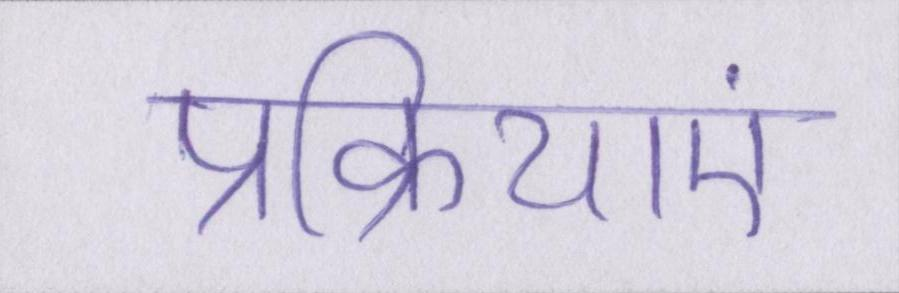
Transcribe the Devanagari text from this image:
प्रक्रियाएं